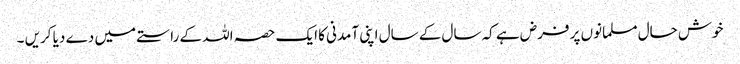
خوش حال مسلمانوں پر فرض ہے کہ سال کے سال اپنی آمدنی کا ایک حصہ اللہ کے راستے میں دے دیا کریں ۔